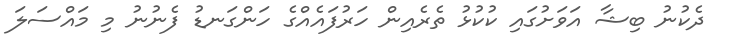
ދެކުނު ބިޝާ އަވަށުގައި ކުކުޅު ތެރެއިން ހަރުފައެއްގެ ހަންގަނޑު ފެނުނު މި މައްސަލަ